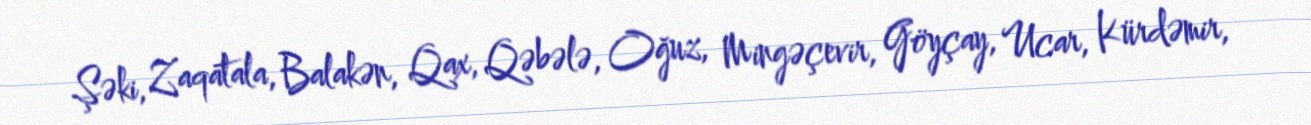
Şəki, Zaqatala, Balakən, Qax, Qəbələ, Oğuz, Mingəçevir, Göyçay, Ucar, Kürdəmir,